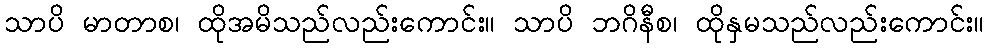
သာပိ မာတာစ၊ ထိုအမိသည်လည်းကောင်း။ သာပိ ဘဂိနီစ၊ ထိုနှမသည်လည်းကောင်း။